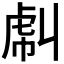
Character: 𧆮